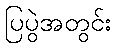
ပြပွဲအတွင်း